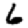
Digit: 6